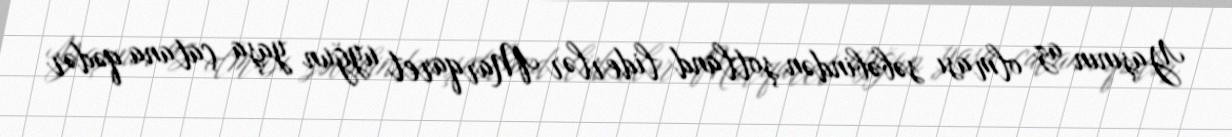
Yaşının az olması səbəbindən şotland liderlər Marqaret uyğun yaşa çatana qədər